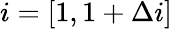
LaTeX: i=[1,{1+\Delta i}]